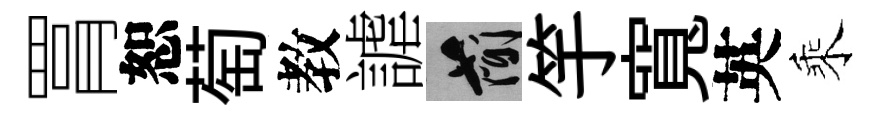
罥恕萄教謔簡竽寬英乘